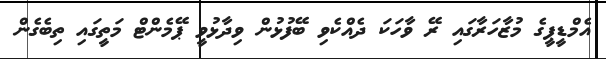
އެމްޑީޕީގެ މުޒާހަރާގައި ރޭ ވާހަކަ ދެއްކެވި ބޭފުޅުން ވިދާޅުވީ ޕޭމެންޓް މަތީގައި ތިބެގެން